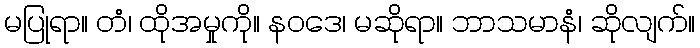
မပြုရာ။ တံ၊ ထိုအမှုကို။ နဝဒေ၊ မဆိုရာ။ ဘာသမာနံ၊ ဆိုလျက်။